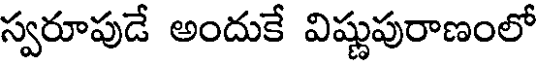
స్వరూపుడే అందుకే విష్ణుపురాణంలో